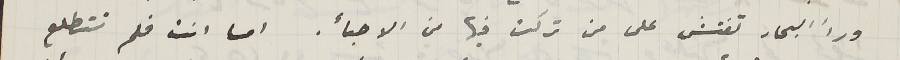
ورأ البحار تفتش على من تركت فيها من الاحبأ. اما انت فلم تتطلع